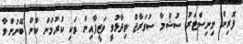
ފޮރިން މިނިސްޓަރު ސުޝްމާ ސުވަރާޖް ވިދާޅުވީ ވަޒީފާއިން ވަކި ކުރުމުން ކާން ބޭނުންވާ